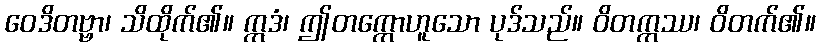
ဝေဒိတဗ္ဗာ၊ သိထိုက်၏။ ဣဒံ၊ ဤတက္ကောဟူသော ပုဒ်သည်။ ဝိတက္ကဿ၊ ဝိတက်၏။